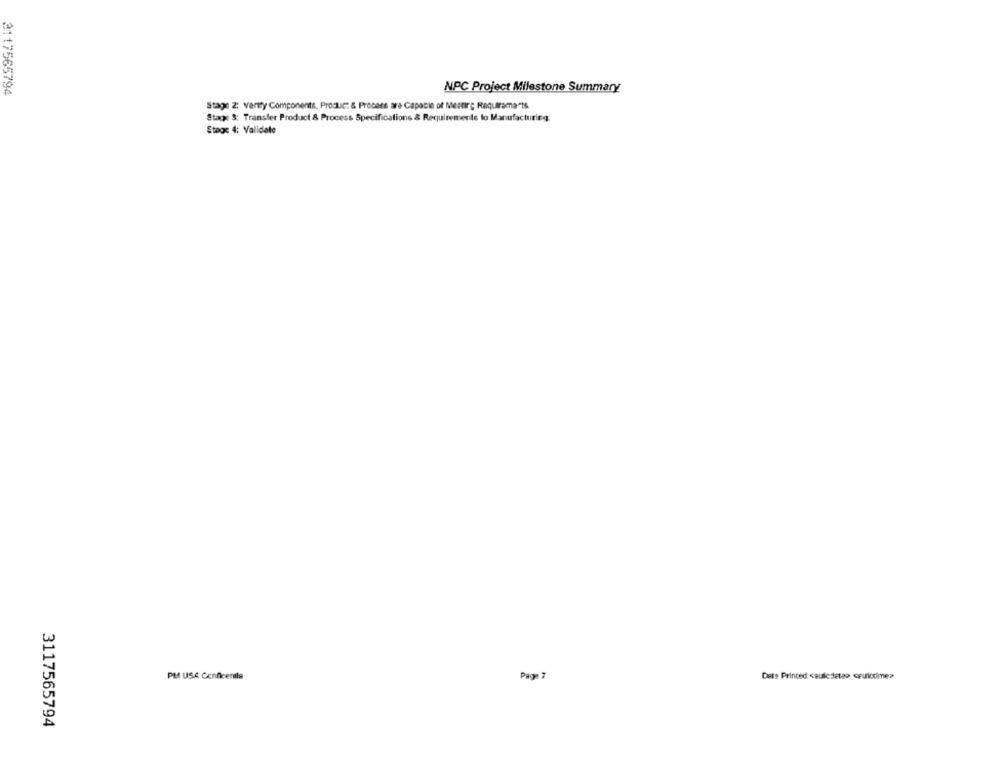
3117565794
NPC Project Milestone Summary
Stage 2: varity Components. Produr: & Process are Capable of Meeting Requirements
Stags &: Transfer Product & Process Specifications & Requirements to Manufacturing.
Stoge 4: Validate
PM USA Conficenita
Page ?
Date Printed <sulcdeteo ceulodime?
3117565794